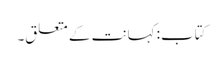
کتاب: کہانت کے متعلق۔